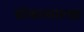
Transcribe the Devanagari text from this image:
ढोकासारखा